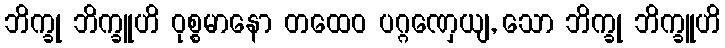
ဘိက္ခု ဘိက္ခူဟိ ဝုစ္စမာနော တထေဝ ပဂ္ဂဏှေယျ, သော ဘိက္ခု ဘိက္ခူဟိ